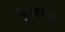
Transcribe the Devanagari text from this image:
ग्रंथसंक्षेप